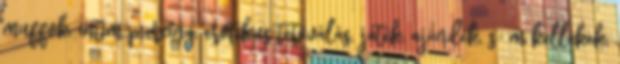
muffok, intim piercing, erotikus tetoválás, játék, ajándék, s m kellékek,